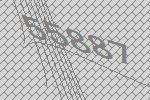
55887